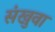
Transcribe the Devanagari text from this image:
संखुवा